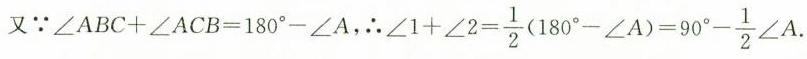
又\because $$\angle ABC+\angle ACB=180^{\circ}-\angle A$$，\therefore $$\angle 1+ \angle 2= \frac{1}{2}(180^{\circ}- \angle A)=90^{\circ}- \frac{1}{2}\angle A$$.